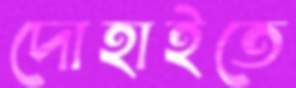
দোহাইতে